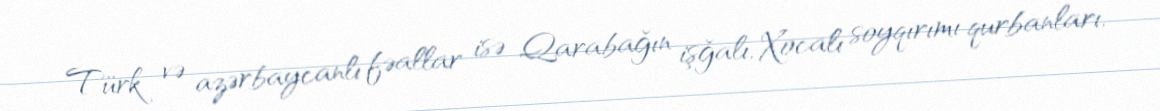
Türk və azərbaycanlı fəallar isə Qarabağın işğalı, Xocalı soyqırımı qurbanları,